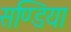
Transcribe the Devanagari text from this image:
सण्डिया